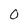
Character: O